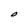
Character: O